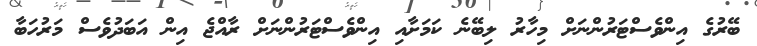
ބޭރުގެ އިންވެސްޓަރުންނަށް މިހާރު ލިބޭނެ ކަމަށާއި އިންވެސްޓަރުންނަށް ރާއްޖެ އިން އަބަދުވެސް މަރުހަބާ